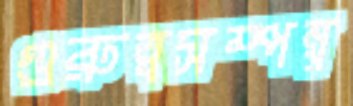
গুরুত্বসম্পন্ন